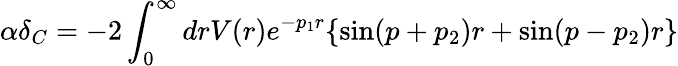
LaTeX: \alpha\delta_{C}=-2\int_{0}^{\infty}drV(r)e^{-p_{1}r}\lbrace\sin(p+p_{2})r+\sin(p-p_{2})r\rbrace